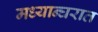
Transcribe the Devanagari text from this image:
मध्यान्घरात